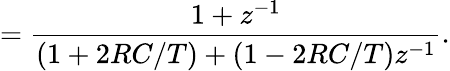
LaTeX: ={\frac{1+z^{-1}}{(1+2RC/T)+(1-2RC/T)z^{-1}}}.